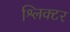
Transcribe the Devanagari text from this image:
श्लिक्टर